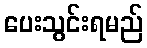
ပေးသွင်းရမည်